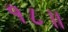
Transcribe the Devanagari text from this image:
१८॥